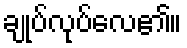
ချုပ်လုပ်လေ၏။